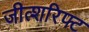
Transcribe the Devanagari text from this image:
जीत्शरिफ्ट